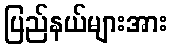
ပြည်နယ်များအား